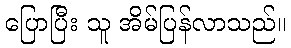
ပြောပြီး သူ အိမ်ပြန်လာသည်။